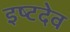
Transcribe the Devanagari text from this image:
इष्‍टदेव